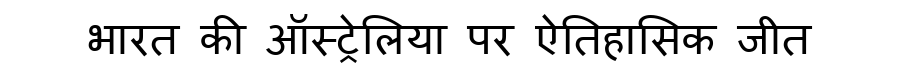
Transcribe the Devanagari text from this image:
भारत की ऑस्ट्रेलिया पर ऐतिहासिक जीत